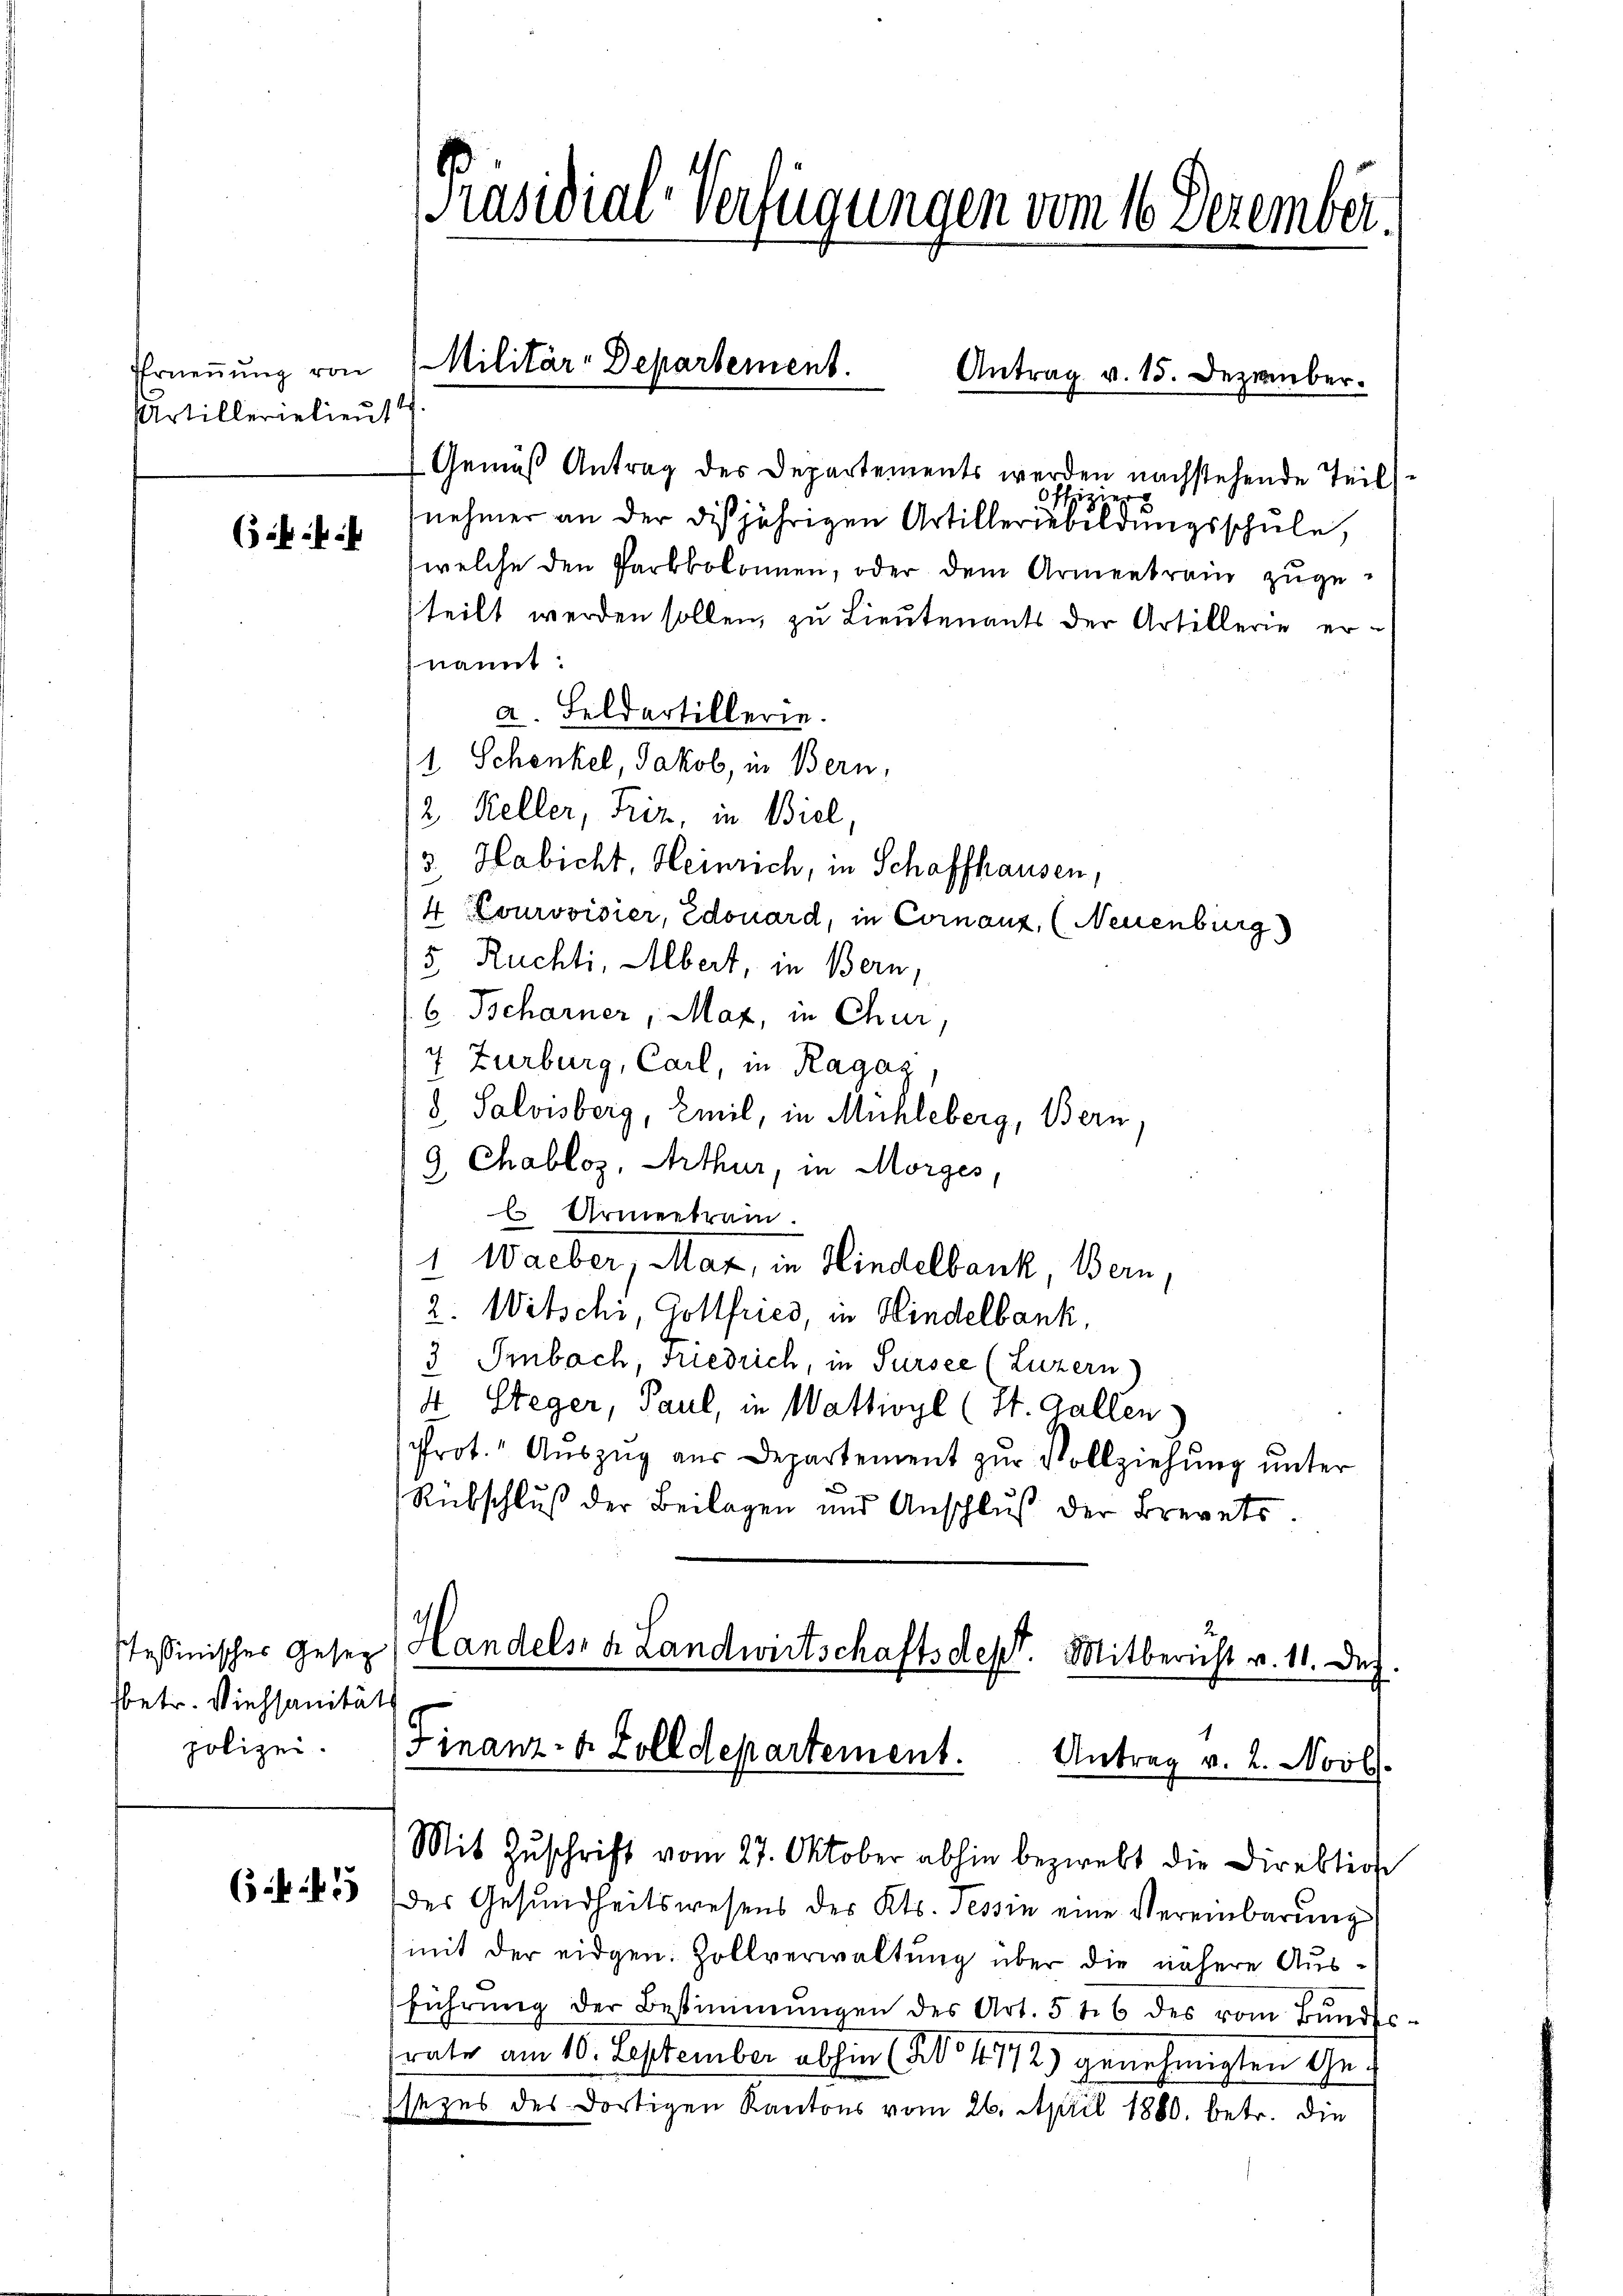
Artillerielieut
(3ff

fbetr. Viehsanitäts
polizei.

[Präsidial-Verfügungen vom 16. Dezember.

Gemäß Antrag des Departements werden nachstehende Teil

iz
nehmer an der disjährigen Artilleriebeldungsschule,
welche den Parbbolonnen, oder dem Armentrain zŭge-
teilt werden sollen, zu Lieutenants der Artillerie ernannt:
a. Feldartillerie.
1 Schenkel, Jakob, in Bern,
2 Keller, Friz, in Biel,
3. Habicht, Heinrich, in Schaffhausen,
4 Lourovisier, Edouard, in Cornanz, (Neuenburg
5
Rüchti, Albert, in Bern,
6 Bcharner, Maz, in Chur,
7 Zurburg, Carl, in Ragaz
d. Salvisberg, Emil, in Mühleberg, Bern
e
2 Chabloz, Arthur, in Morges,
Es Armentram.
1 Waeber, Mar, in Hindelbank, Bern,
2. Witschi, Gottfried, in Hindelbank,
3 Imbach, Friedrich, in Sursee (Luzern)
4 Steger, Paul, in Wattivyl (St. Gallen)
Prot. Auszug aus Departement zur Vollziehung unter
Rübschluß der Beilagen und Anschlŭβ der Brevets.
stessinischer Gesez Handels- & Landwirtschaftsdep
Mitbericht v. 11. Dez.
Finanz- u. Zolldepartement.
Antrag v. 2. Novb.

Antrag v. 15. Dezember.

Erneṅŭng von Militär-Departement.

Mit Zŭschrift vom 27. Oktober abhin bezwebt die Direktion
65 f. 455 (der Gesundheitswesens des Kts. Tessin eine Vereinbarŭng
mit der eidgen. Zollverwaltung über die nähere Ausführŭng der Bestimmungen des Art. 546 des vom Bŭndes-
rate am 10. September abhin (S. 10 1/2 genehmigten Gesezes des dortigen Kantons vom 26. April 1880. betr. die